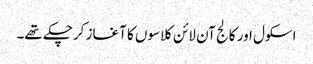
اسکول اور کالج آن لائن کلاسوں کا آغاز کرچکے تھے۔